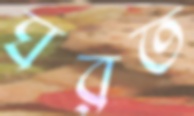
ঘরত